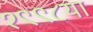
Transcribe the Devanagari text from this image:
१९९८या